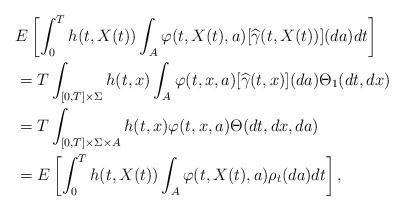
LaTeX: \begin{align*}&E\left[\int_0^T h(t,X(t)) \int_A \varphi(t,X(t),a) [\widehat{\gamma}(t,X(t))](da) dt \right]\\&= T \int_{[0,T]\times \Sigma}h(t,x) \int_A \varphi(t,x,a) [\widehat{\gamma}(t,x)](da) \Theta_1(dt,dx)\\&=T \int_{[0,T]\times \Sigma\times A}h(t,x) \varphi(t,x,a) \Theta(dt,dx,da)\\&= E\left[\int_0^T h(t,X(t)) \int_A \varphi(t,X(t),a) \rho_t(da) dt\right],\end{align*}